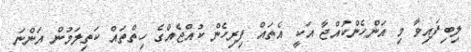
ލިބިފައިވާ މި އަންހެންކުއްޖާ އަކީ އެތައް ފިރިހެން ކުއްޖެއްގެ ހިތްތައް ކަތިލަމުން އަންނަ